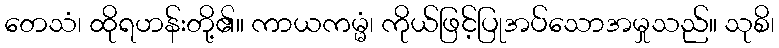
တေသံ၊ ထိုရဟန်းတို့၏။ ကာယကမ္မံ၊ ကိုယ်ဖြင့်ပြုအပ်သောအမှုသည်။ သုစိ၊